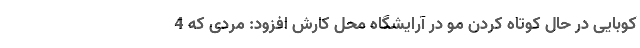
کوبایی در حال کوتاه کردن مو در آرایشگاه محل کارش افزود: مردی که 4